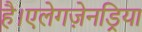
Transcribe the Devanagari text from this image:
है।एलेगज़ेनड्रिया